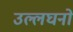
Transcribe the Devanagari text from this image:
उल्लघनों